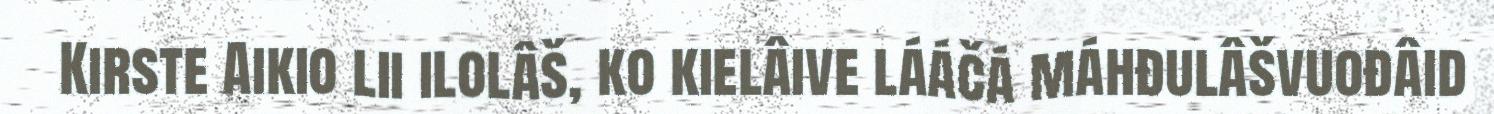
Kirste Aikio lii ilolâš, ko kielâive lááčá máhđulâšvuođâid